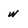
Character: w